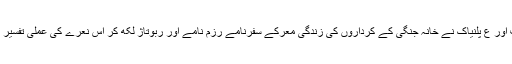
فرمانوف اور ع پلنیاک نے خانہ جنگی کے کرداروں کی زندگی معرکے سفرنامے رزم نامے اور ربوتاژ لکھ کر اس نعرے کی عملی تفسیر پیش کی۔